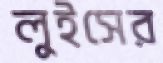
লুইসের